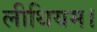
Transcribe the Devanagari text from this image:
लीथियम।